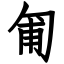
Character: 匍